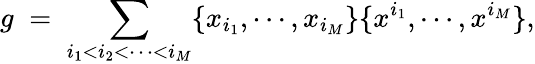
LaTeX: g\; =\; \sum_{i_{1}<i_{2}<\cdots<i_{M}}\{ x_{i_{1}},\cdots,x_{i_{M}}\} \{ x^{i_{1}},\cdots,x^{i_{M}}\} ,